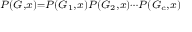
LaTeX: \scriptstyle P ( G , x ) = P ( G _ { 1 } , x ) P ( G _ { 2 } , x ) \cdots P ( G _ { c } , x )